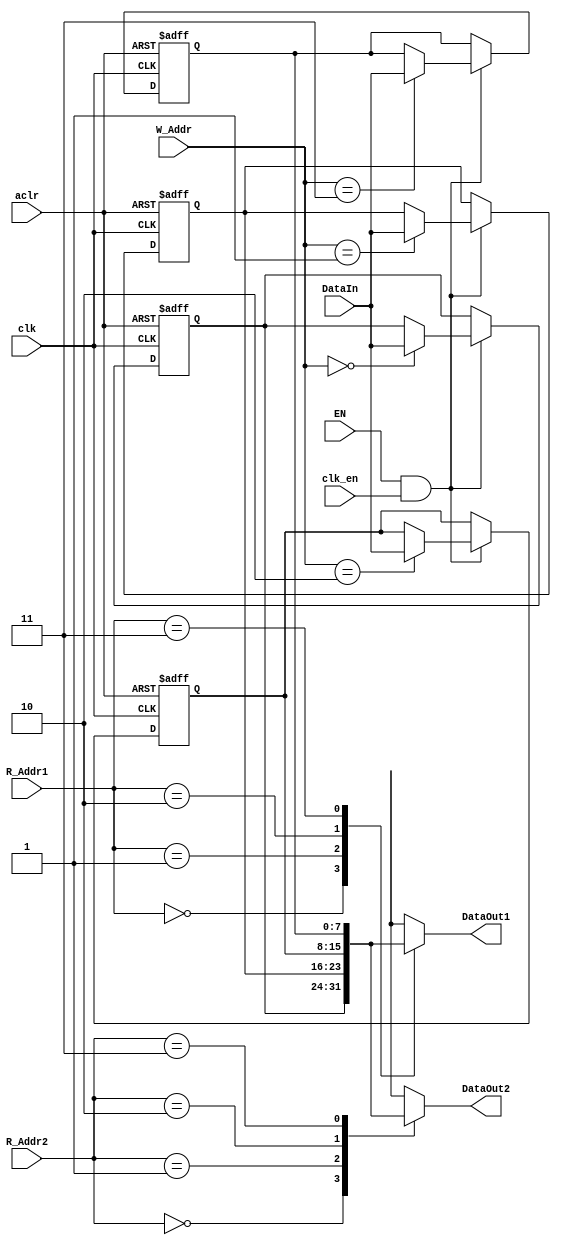
module Buffer
    #(  parameter DataWidth = 8,
        parameter BufferSize = 4,
        parameter BufferWidth = 2 )
    (clk, clk_en, aclr, EN, DataIn, DataOut1, DataOut2, W_Addr, R_Addr1, R_Addr2);
    input clk, clk_en, aclr, EN;
    input [BufferWidth-1:0] W_Addr, R_Addr1, R_Addr2;
    input [DataWidth-1:0] DataIn;

    reg [DataWidth-1:0] Buffer [0:BufferSize-1];

    output [DataWidth-1:0] DataOut1, DataOut2;
    
    integer index;

    always @(posedge clk, posedge aclr)begin
        if(aclr)
            for(index = 0; index < BufferSize; index = index + 1) begin: resetBuf
                Buffer[index] = 0;
            end
        else if(EN && clk_en)begin
            Buffer[W_Addr] <= DataIn;
        end
    end

    assign DataOut1 = Buffer[R_Addr1];
    assign DataOut2 = Buffer[R_Addr2];


endmodule